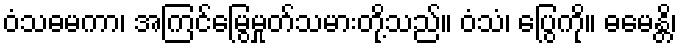
ဝံသဓမကာ၊ အကြင်မြွေမှုတ်သမားတို့သည်။ ဝံသံ၊ ပြွေကို။ ဓမေန္တိ၊